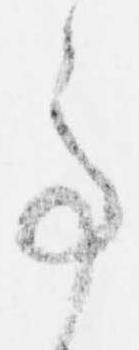
事